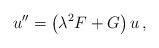
LaTeX: \begin{align*}u'' = \left( \lambda^2 F + G \right) u\,,\end{align*}